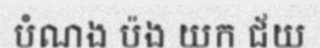
បំណង ប៉ង យក ជ័យ